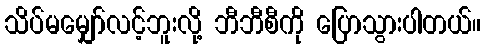
သိပ်မမျှော်လင့်ဘူးလို့ ဘီဘီစီကို ပြောသွားပါတယ်။